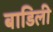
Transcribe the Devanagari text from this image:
बाडिली